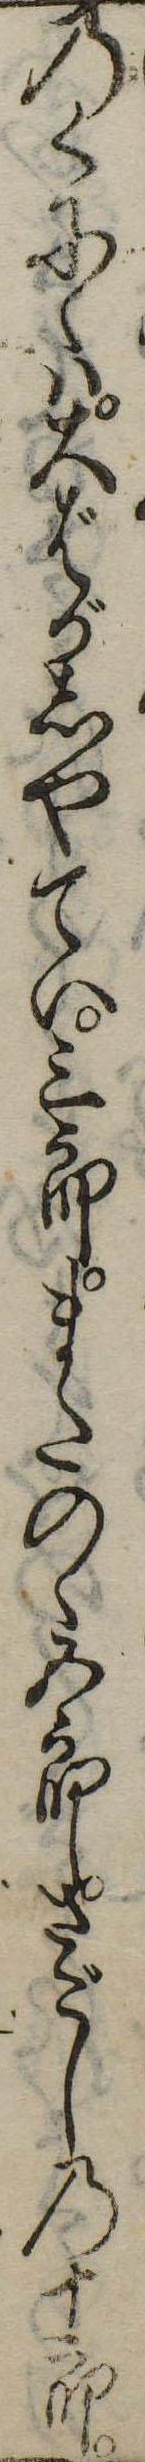
のくにゝは大ばがしやてい三郎またのゝ五郎さごしの十郎